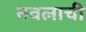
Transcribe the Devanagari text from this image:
नवलाची